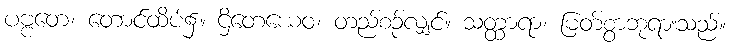
ပဗ္ဗတေ၊ တောင်ထိပ်၌။ ဌိတေယေဝ၊ တည်စဉ်လျှင်။ သတ္ထာရာ၊ မြတ်စွာဘုရားသည်။